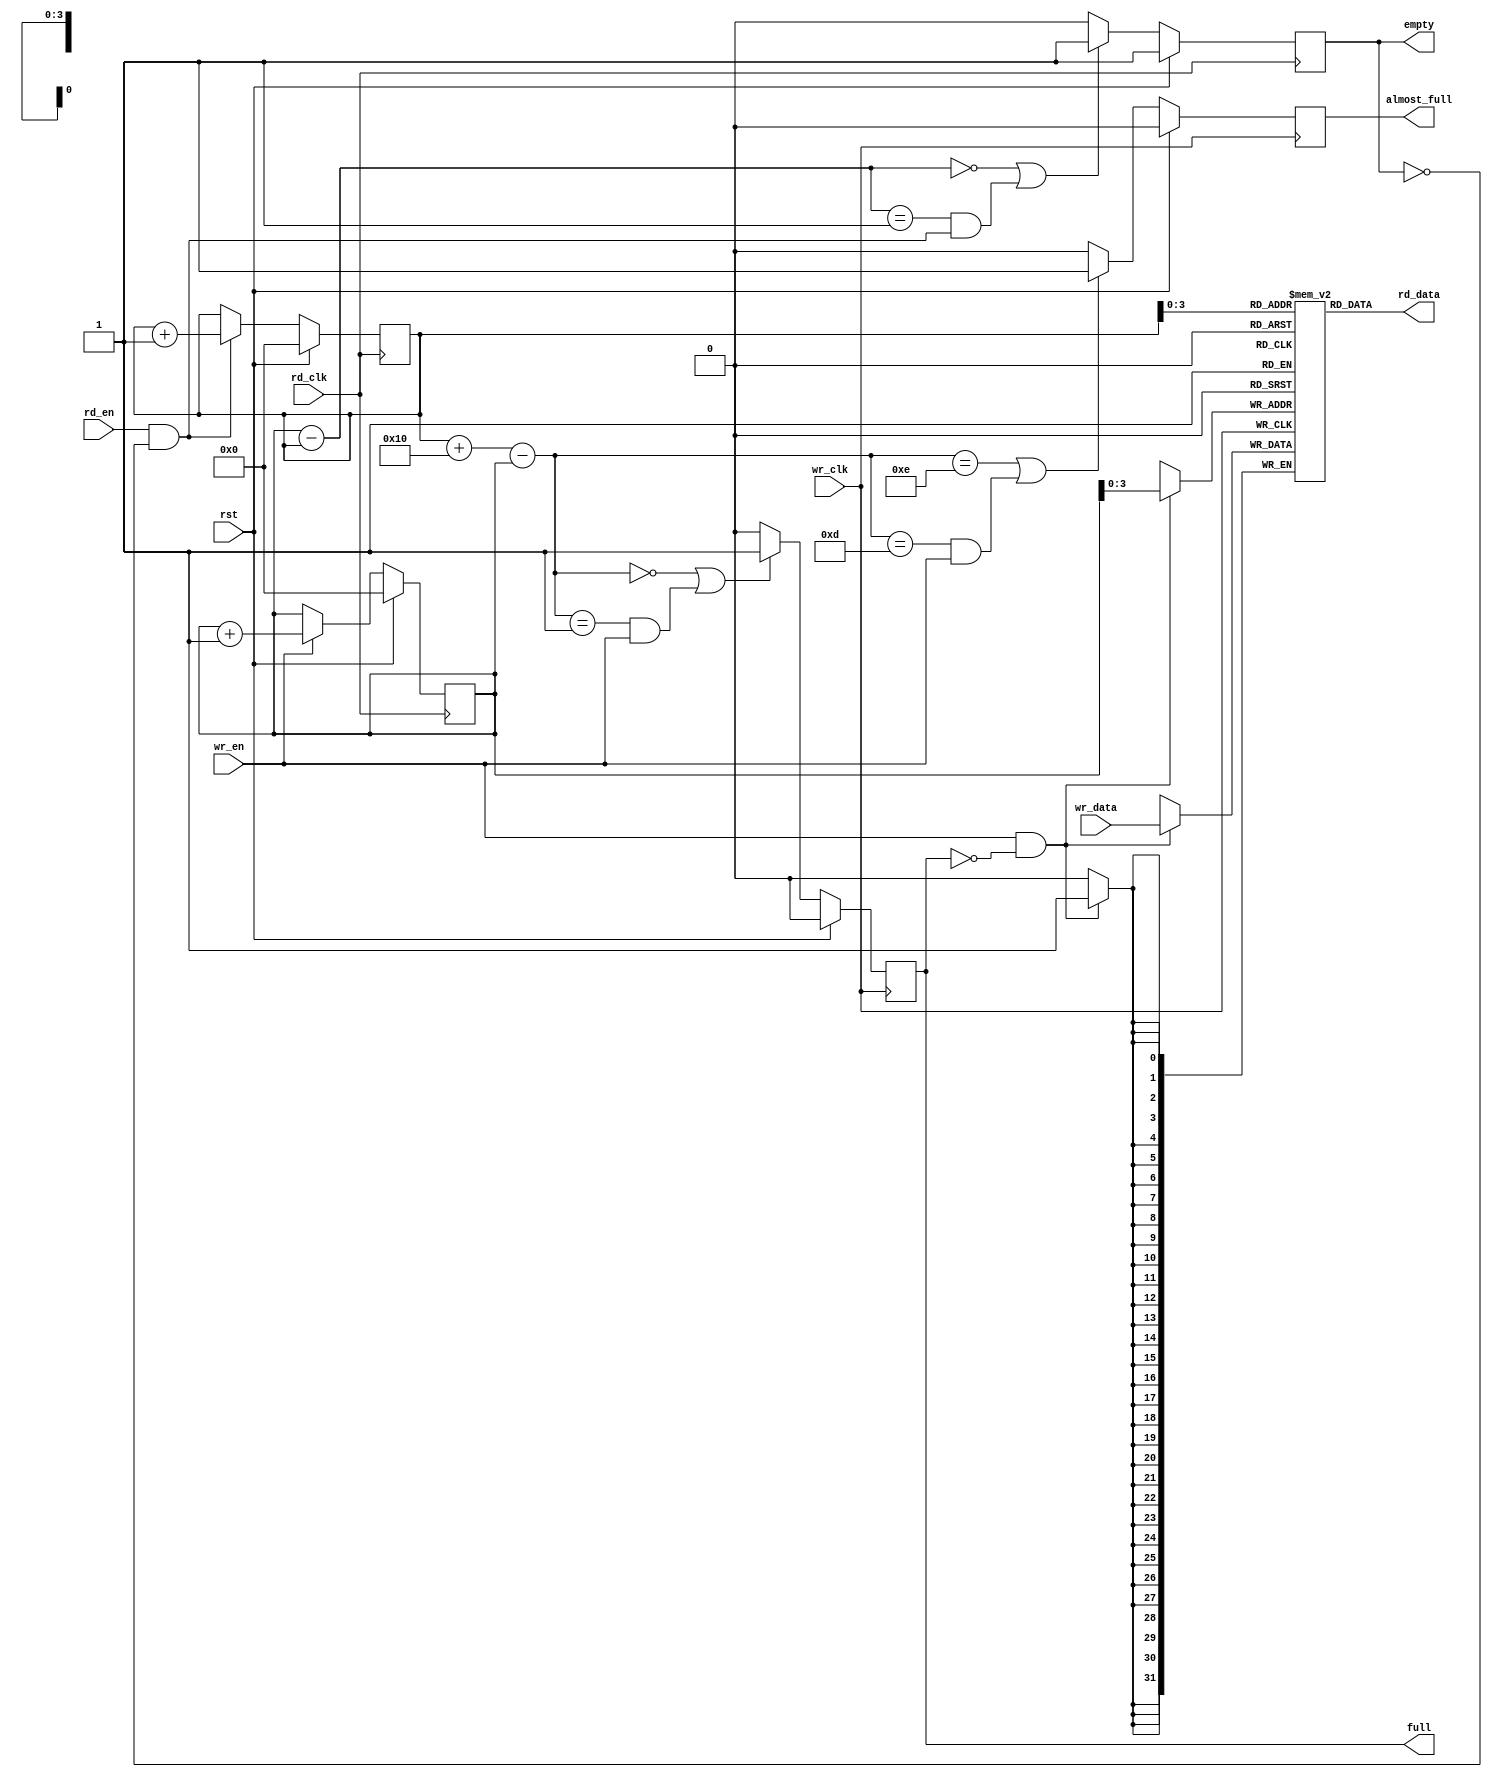
module afifo_1 #
(
 parameter TCQ           = 100,
 parameter DSIZE = 32,
 parameter FIFO_DEPTH = 16,
 parameter ASIZE = 4,
 parameter SYNC = 1   
)
(
input              wr_clk, 
input              rst,
input              wr_en,
input [DSIZE-1:0]  wr_data,
input              rd_en, 
input              rd_clk, 
output [DSIZE-1:0] rd_data,
output reg         full,
output reg         empty,
output reg         almost_full
);
reg [DSIZE-1:0] mem [0:FIFO_DEPTH-1];
reg [ASIZE:0] rd_gray_nxt;
reg [ASIZE:0]    rd_gray;
reg [ASIZE:0]    rd_capture_ptr;
reg [ASIZE:0]    pre_rd_capture_gray_ptr;
reg [ASIZE:0]    rd_capture_gray_ptr;
reg [ASIZE:0]    wr_gray;
reg [ASIZE:0] wr_gray_nxt;
reg [ASIZE:0] wr_capture_ptr;
reg [ASIZE:0] pre_wr_capture_gray_ptr;
reg [ASIZE:0] wr_capture_gray_ptr;
wire [ASIZE:0] buf_avail;
wire [ASIZE:0] buf_filled;
wire [ASIZE-1:0] wr_addr, rd_addr;
reg [ASIZE:0]   wr_ptr, rd_ptr;
integer i,j,k;
generate
if (SYNC == 1) begin: RDSYNC
   always @ (rd_ptr)
     rd_capture_ptr = rd_ptr;
end
endgenerate
generate
if (SYNC == 1) begin: WRSYNC
always @ (wr_ptr)
    wr_capture_ptr = wr_ptr;
end
endgenerate
assign wr_addr = wr_ptr;
assign rd_data = mem[rd_addr];
always @(posedge wr_clk)
begin
if (wr_en && !full)
  mem[wr_addr] <= #TCQ wr_data;
end
assign rd_addr = rd_ptr[ASIZE-1:0];
assign rd_strobe = rd_en && !empty;
integer n;
reg [ASIZE:0] rd_ptr_tmp;
always @ (rd_ptr)
begin
  rd_gray_nxt[ASIZE] = rd_ptr[ASIZE];
  for (n=0; n < ASIZE; n=n+1) 
       rd_gray_nxt[n] = rd_ptr[n] ^ rd_ptr[n+1];
end       
always @(posedge rd_clk)
begin
if (rst)
   begin
        rd_ptr <= #TCQ 'b0;
        rd_gray <= #TCQ 'b0;
   end
else begin
    if (rd_strobe)
        rd_ptr <= #TCQ rd_ptr + 1;
    rd_ptr_tmp <= #TCQ rd_ptr;
    rd_gray <= #TCQ rd_gray_nxt;
end
end
assign buf_filled = wr_capture_ptr - rd_ptr;
always @ (posedge rd_clk )
begin
   if (rst)
        empty <= #TCQ 1'b1;
   else if ((buf_filled == 0) || (buf_filled == 1 && rd_strobe))
        empty <= #TCQ 1'b1;
   else
        empty <= #TCQ 1'b0;
end        
reg [ASIZE:0] wbin;
wire [ASIZE:0] wgraynext, wbinnext;
always @(posedge rd_clk)
begin
if (rst)
   begin
        wr_ptr <= #TCQ 'b0;
        wr_gray <= #TCQ 'b0;
   end
else begin
    if (wr_en)
        wr_ptr <= #TCQ wr_ptr + 1;
    wr_gray <= #TCQ wr_gray_nxt;
end
end
always @ (wr_ptr)
begin
    wr_gray_nxt[ASIZE] = wr_ptr[ASIZE];
    for (n=0; n < ASIZE; n=n+1)
       wr_gray_nxt[n] = wr_ptr[n] ^ wr_ptr[n+1];
end       
assign buf_avail = (rd_capture_ptr + FIFO_DEPTH) - wr_ptr;
always @ (posedge wr_clk )
begin
   if (rst) 
        full <= #TCQ 1'b0;
   else if ((buf_avail == 0) || (buf_avail == 1 && wr_en))
        full <= #TCQ 1'b1;
   else
        full <= #TCQ 1'b0;
end        
always @ (posedge wr_clk )
begin
   if (rst) 
        almost_full <= #TCQ 1'b0;
   else if ((buf_avail == FIFO_DEPTH - 2 ) || ((buf_avail == FIFO_DEPTH -3) && wr_en))
        almost_full <= #TCQ 1'b1;
   else
        almost_full <= #TCQ 1'b0;
end        
endmodule